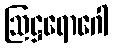
ဩဋ္ဌရောဂေါ